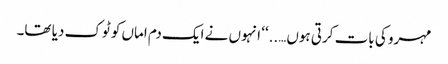
مہرو کی بات کرتی ہوں…..‘‘ انہوں نے ایک دم اماں کو ٹوک دیا تھا۔